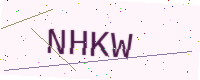
Text: NHKW